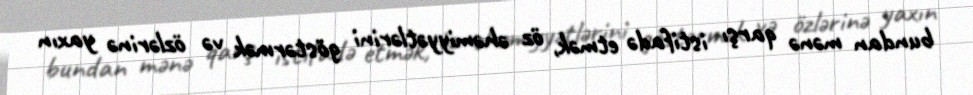
bundan mənə qarşı istifadə etmək, öz əhəmiyyətlərini göstərmək və özlərinə yaxın